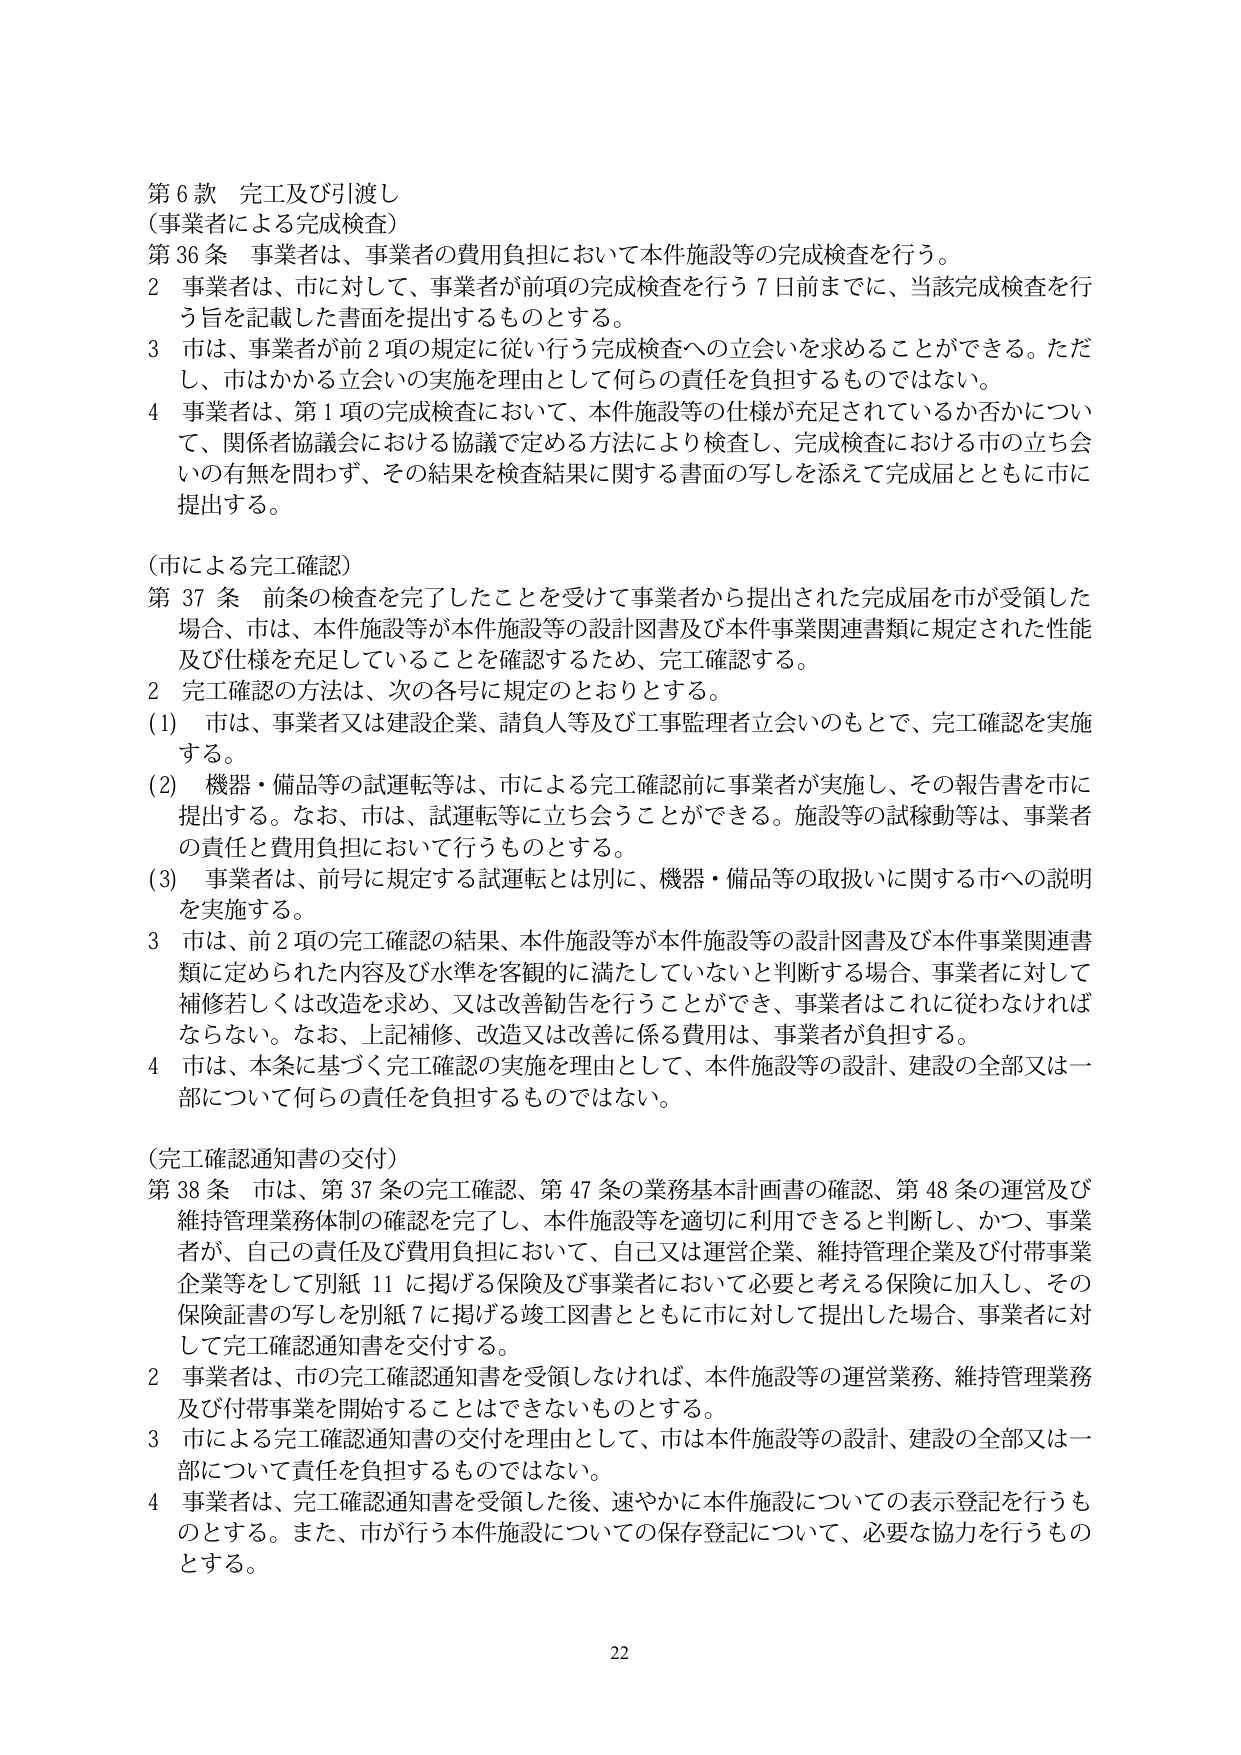
第６款 完工及び引渡し
（事業者による完成検査）
第36条 事業者は、事業者の費用負担において本件施設等の完成検査を行う。
2 事業者は、市に対して、事業者が前項の完成検査を行う7日前までに、当該完成検査を行う旨を記載した書面を提出するものとする。
3 は、事業者が前2項の規定に従い行う完成検査への立会いを求めることができる。ただし、市はかかる立会いの実施を理由として何らの責任を負担するものではない。
4 事業者は、第1項の完成検査において、本件施設等の仕様が充足されているか否かについて、関係者協議会における協議で定める方法により検査し、完成検査における市の立ち会いの有無を問わず、その結果を検査結果に関する書面の写しを添えて完成届とともに市に提出する。

（市による完工確認）
第37条 前条の検査を完了したことを受けて事業者から提出された完成届を市が受領した場合、市は、本件施設等が本件施設等の設計図書及び本件事業関連書類に規定された性能及び仕様を充足していることを確認するため、完工確認する。
2 完工確認の方法は、次の各号に規定のとおりとする。
(1) 市は、事業者又は建設企業、請負人等及び工事監理者立会いのもとで、完工確認を実施する。
(2) 機器・備品等の試運転等は、市による完工確認前に事業者が実施し、その報告書を市に提出する。なお、市は、試運転等に立ち会うことができる。施設等の試稼動等は、事業者の責任と費用負担において行うものとする。
(3) 事業者は、前号に規定する試運転とは別に、機器・備品等の取扱いに関する市への説明を実施する。
3 市は、前2項の完工確認の結果、本件施設等が本件施設等の設計図書及び本件事業関連書類に定められた内容及び水準を客観的に満たしていないと判断する場合、事業者に対して補修若しくは改造を求め、又は改善勧告を行うことができ、事業者はこれに従わなければならない。なお、上記補修、改造又は改善に係る費用は、事業者が負担する。
4 市は、本条に基づく完工確認の実施を理由として、本件施設等の設計、建設の全部又は一部について何らの責任を負担するものではない。

（完工確認通知書の交付）
第38条 市は、第37条の完工確認、第47条の業務基本計画書の確認、第48条の運営及び維持管理業務体制の確認を完了し、本件施設等を適切に利用できると判断し、かつ、事業者が、自己の責任及び費用負担において、自己又は運営企業、維持管理企業及び付帯事業企業等をして別紙11に掲げる保険及び事業者において必要と考える保険に加入し、その保険証書の写しを別紙7に掲げる竣工図書とともに市に対して提出した場合、事業者に対して完工確認通知書を交付する。
2 事業者は、市の完工確認通知書を受領しなければ、本件施設等の運営業務、維持管理業務及び付帯事業を開始することはできないものとする。
3 市による完工確認通知書の交付を理由として、市は本件施設等の設計、建設の全部又は一部について責任を負担するものではない。
4 事業者は、完工確認通知書を受領した後、速やかに本件施設についての表示登記を行うものとする。また、市が行う本件施設についての保存登記について、必要な協力を行うものとする。

22